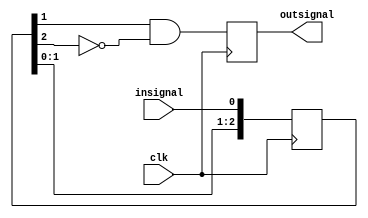
 module edge_detector (input insignal, output reg outsignal, input clk);
	reg [2:0] shift_reg=0;

	always @ (posedge clk)
	begin
          shift_reg <= {shift_reg[1:0], insignal};
		  outsignal <=  shift_reg[1] & !shift_reg[2];
	end

endmodule